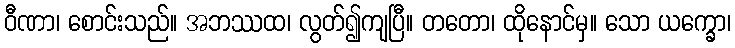
ဝီဏာ၊ စောင်းသည်။ အဘဿထ၊ လွတ်၍ကျပြီ။ တတော၊ ထိုနောင်မှ။ သော ယက္ခော၊